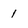
Character: 1